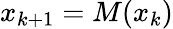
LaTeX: x_{k+1}=M(x_{k})